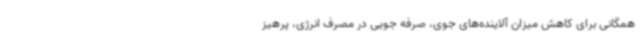
همگانی برای کاهش میزان آلاینده‌های جوی، صرفه جویی در مصرف انرژی، پرهیز